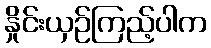
နှိုင်းယှဉ်ကြည့်ပါက